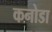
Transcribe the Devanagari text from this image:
कनोडा